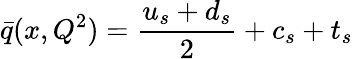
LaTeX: \bar{q}(x,Q^{2})=\frac{u_{s}+d_{s}}{2}+c_{s}+t_{s}